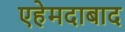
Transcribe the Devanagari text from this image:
एहेमदाबाद